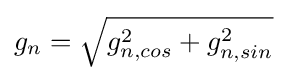
g_{n}={\sqrt {g_{n,cos}^{2}+g_{n,sin}^{2}}}